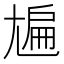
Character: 㞈